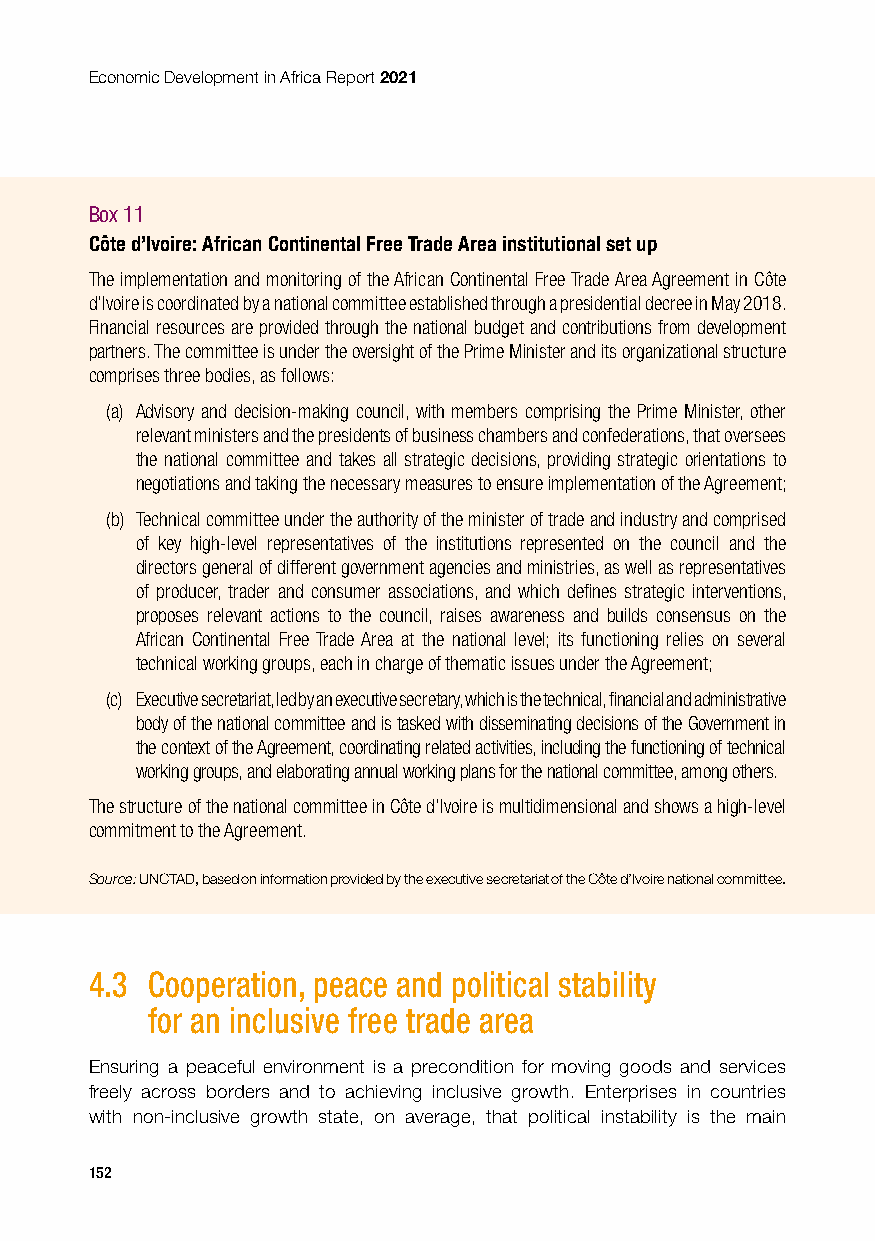
Economic Development in Africa Report 2021
 Box 11
 Côte d’Ivoire: African Continental Free Trade Area institutional set up
 The implementation and monitoring of the African Continental Free Trade Area Agreement in Côte
 d’Ivoire is coordinated by a national committee established through a presidential decree in May 2018.
 Financial resources are provided through the national budget and contributions from development
 partners. The committee is under the oversight of the Prime Minister and its organizational structure
 comprises three bodies, as follows:
 (a) Advisory and decision-making council, with members comprising the Prime Minister, other
 relevant ministers and the presidents of business chambers and confederations, that oversees
 the national committee and takes all strategic decisions, providing strategic orientations to
 negotiations and taking the necessary measures to ensure implementation of the Agreement;
 (b) Technical committee under the authority of the minister of trade and industry and comprised
 of key high-level representatives of the institutions represented on the council and the
 directors general of different government agencies and ministries, as well as representatives
 of producer, trader and consumer associations, and which defines strategic interventions,
 proposes relevant actions to the council, raises awareness and builds consensus on the
 African Continental Free Trade Area at the national level; its functioning relies on several
 technical working groups, each in charge of thematic issues under the Agreement;
 (c) Executive secretariat, led by an executive secretary, which is the technical, financial and administrative
 body of the national committee and is tasked with disseminating decisions of the Government in
 the context of the Agreement, coordinating related activities, including the functioning of technical
 working groups, and elaborating annual working plans for the national committee, among others.
 The structure of the national committee in Côte d’Ivoire is multidimensional and shows a high-level
 commitment to the Agreement.
 Source: UNCTAD, based on information provided by the executive secretariat of the Côte d’Ivoire national committee.
 4.3 Cooperation, peace and political stability
 for an inclusive free trade area
 Ensuring a peaceful environment is a precondition for moving goods and services
 freely across borders and to achieving inclusive growth. Enterprises in countries
 with non-inclusive growth state, on average, that political instability is the main
 152